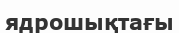
ядрошықтағы